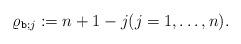
LaTeX: \begin{align*}\varrho_{\texttt{b};j} :=n+1-j (j=1,\ldots ,n).\end{align*}